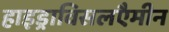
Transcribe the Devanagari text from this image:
हाइड्राविसलएैमीन